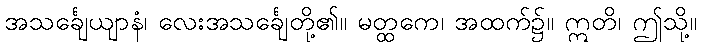
အသင်္ချေယျာနံ၊ လေးအသင်္ချေတို့၏။ မတ္ထကေ၊ အထက်၌။ ဣတိ၊ ဤသို့။